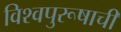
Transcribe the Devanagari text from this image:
विश्‍वपुरूषाची